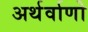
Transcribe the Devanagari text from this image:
अर्थर्वाणो